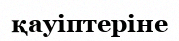
қауіптеріне